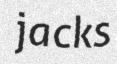
jacks